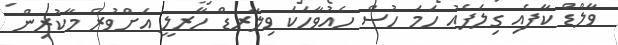
ވާލްޑް ކާފެއި ގިލަފެއު ހަމަ ހުސް ހެއުވާހަކަ ވިލާރޑް ހާރލީ އަށްވުރެ މާކުރިން